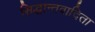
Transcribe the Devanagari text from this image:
सिद्धान्तवादिता